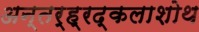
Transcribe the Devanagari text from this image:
अन्तर्ह्रद्कलाशोथ